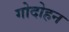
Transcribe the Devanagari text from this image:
गोदोहन